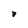
Character: D